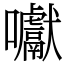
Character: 囐